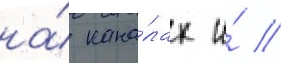
на́ кана́лах и́ //